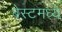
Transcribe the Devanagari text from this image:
बेस्टमध्ये